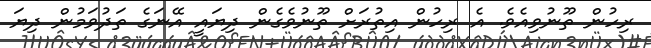
ރިހުން ތޫނުވިއެވެ. އެ ރިހުން އިތުރަށް ތޫނުވެގެން ދިޔައީ އޭނަގެ ތަދުވަމުން ދިޔަ